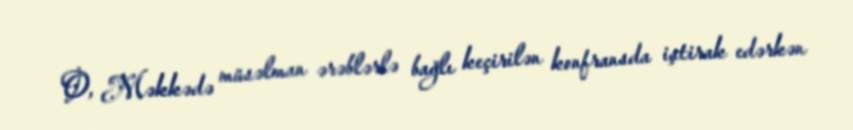
O, Məkkədə müsəlman ərəblərlə bağlı keçirilən konfransda iştirak edərkən